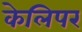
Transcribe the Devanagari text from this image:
केलिपर